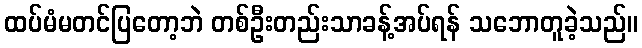
ထပ်မံမတင်ပြတော့ဘဲ တစ်ဦးတည်းသာခန့်အပ်ရန် သဘောတူခဲ့သည်။